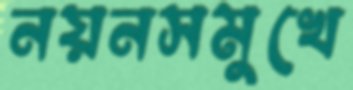
নয়নসমুখে